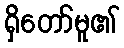
ရှိတော်မူ၏